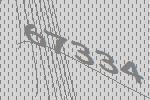
67334